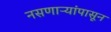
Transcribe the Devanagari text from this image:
नसणाऱ्यांपासून